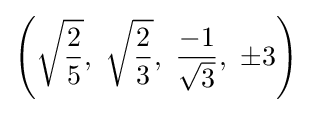
\left({\sqrt {\frac {2}{5}}},\ {\sqrt {\frac {2}{3}}},\ {\frac {-1}{\sqrt {3}}},\ \pm 3\right)